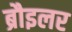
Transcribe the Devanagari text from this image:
ब्रौइलर